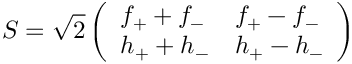
S = \sqrt { 2 } \left( \begin{array} { l l } { { f _ { + } + f _ { - } } } & { { f _ { + } - f _ { - } } } \\ { { h _ { + } + h _ { - } } } & { { h _ { + } - h _ { - } } } \end{array} \right)